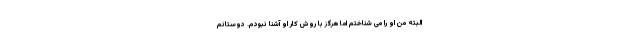
البته من او را می شناختم اما هرگز با روش کار او آشنا نبودم. دوستانم